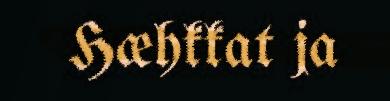
Hæhkkat ja